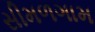
સીમળગામ